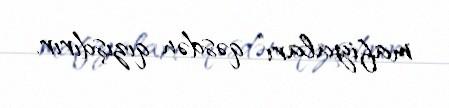
mafiyaları” qəsdən qızışdırır.